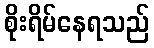
စိုးရိမ်နေရသည်